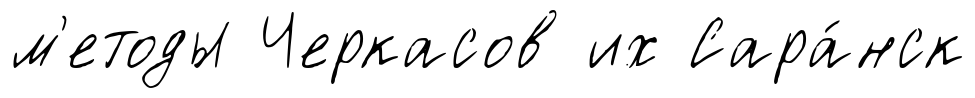
м'етоды Черкасов их Сара́нск